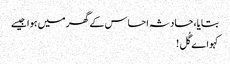
بتایا، حادثہ احساس کے گھر میں ہوا جیسے
کہو اے گُل !